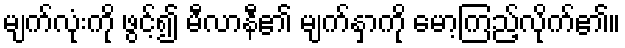
မျက်လုံးကို ဖွင့်၍ မီလာနီ၏ မျက်နှာကို မော့ကြည့်လိုက်၏။